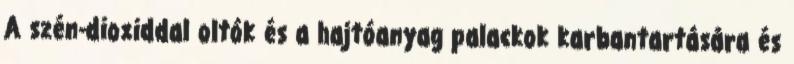
A szén-dioxiddal oltók és a hajtóanyag palackok karbantartására és